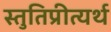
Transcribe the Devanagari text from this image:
स्तुतिप्रीत्यर्थ